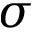
\sigma